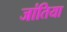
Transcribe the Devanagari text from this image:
जांतिया